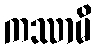
ကဿာမိ